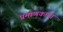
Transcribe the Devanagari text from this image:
प्रमाणकांचा